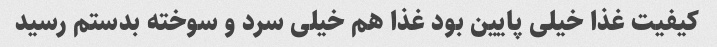
کیفیت غذا خیلی پایین بود غذا هم خیلی سرد و سوخته بدستم رسید